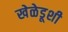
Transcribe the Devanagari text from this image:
खेळेडूशी